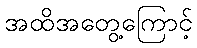
အထိအတွေ့ကြောင့်